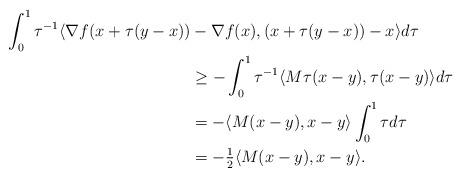
LaTeX: \begin{align*}\int_0^1\tau^{-1}\langle \nabla f(x+\tau(y-x))&-\nabla f(x),(x+\tau(y-x))-x\rangle d\tau\\&\geq -\int_0^1\tau^{-1}\langle M\tau (x-y),\tau(x-y)\rangle d\tau\\&=-\langle M(x-y),x-y\rangle\int_0^1\tau d\tau\\&=-\tfrac{1}{2}\langle M (x-y),x-y\rangle.\end{align*}